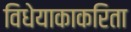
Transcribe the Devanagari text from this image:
विधेयाकाकरिता